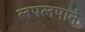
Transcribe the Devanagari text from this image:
लपलपाने